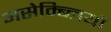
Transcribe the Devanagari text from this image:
असेम्ब्लियों